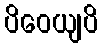
ပိဝေယျပိ